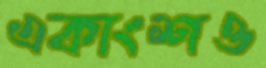
একাংশও